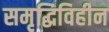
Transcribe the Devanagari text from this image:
समृद्धिविहीन